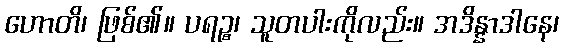
ဟောတိ၊ ဖြစ်၏။ ပရဉ္စ၊ သူတပါးကိုလည်း။ အဒိန္နာဒါနေ၊